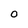
Character: O